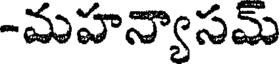
-మహన్యాసమ్